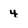
Character: 4